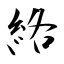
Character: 絡